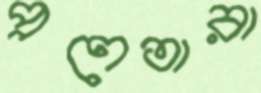
প্রণেতারা